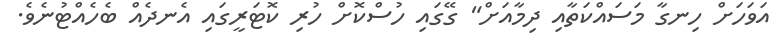
އަވަހަށް ހިނގާ މަސައްކަތާއި ދިމާއަށް" ގޭގައި ހުސްކޮށް ހުރި ކޮޓަރީގައި އެނދެއް ބެހެއްޓުނެވެ.